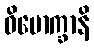
ဝိမောက္ခာနိ